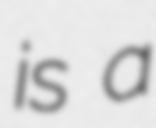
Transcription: is a